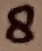
Text: 8